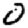
Digit: 0